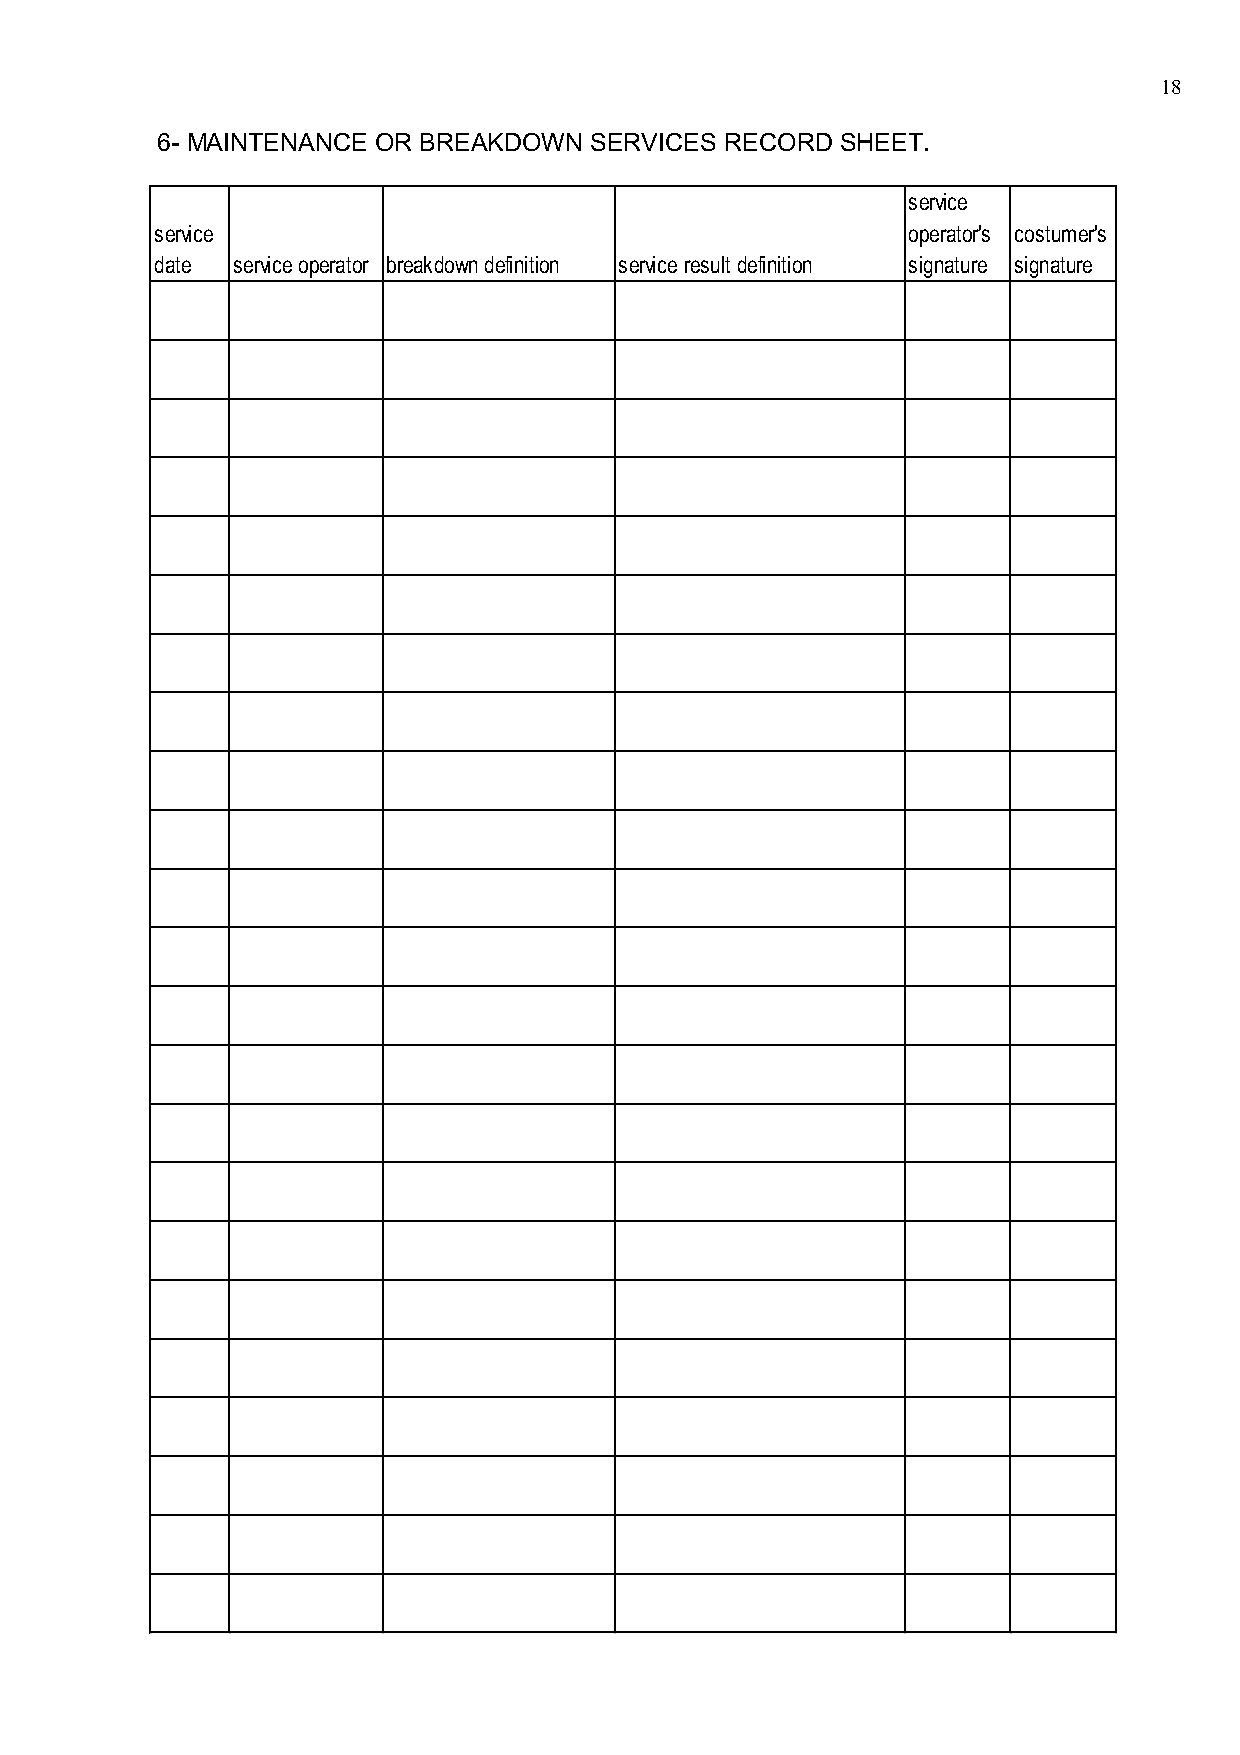
18
 6- MAINTENANCE OR BREAKDOWN  SERVICES RECORD  SHEET.
 service
 service                                           operator's costumer's
 date service operator breakdown definition service result definition signature signature